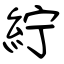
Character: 紵